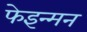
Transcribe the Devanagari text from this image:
फेइन्मन